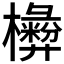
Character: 𣟗